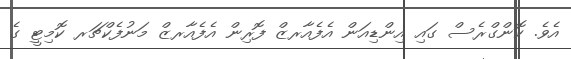
އެވެ. ކޮންގްރެސް ގައި އިންޑިއަން އެފެއާރޒް ފޮރިން އެފެއާރޒް މަނުފެކްޗަރ ކޮމިޓީ ގެ